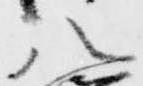
八